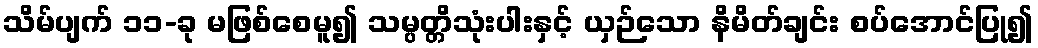
သိမ်ပျက် ၁၁-ခု မဖြစ်စေမူ၍ သမ္ပတ္တိသုံးပါးနှင့် ယှဉ်သော နိမိတ်ချင်း စပ်အောင်ပြု၍